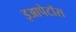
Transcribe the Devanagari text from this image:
इआपेटॉस